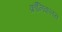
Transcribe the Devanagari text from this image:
क्रॉनिकलस